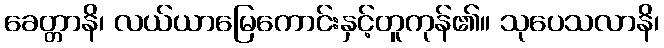
ခေတ္တာနိ၊ လယ်ယာမြေကောင်းနှင့်တူကုန်၏။ သုပေသလာနိ၊